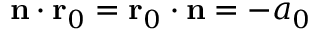
\mathbf { n } \cdot \mathbf { r } _ { 0 } = \mathbf { r } _ { 0 } \cdot \mathbf { n } = - a _ { 0 }